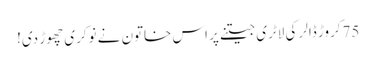
75کروڑ ڈالر کی لاٹری جیتنے پر اس خاتون نے نوکری چھوڑ دی!